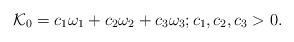
LaTeX: \begin{align*} \mathcal K_0={c_1\omega_1+c_2\omega_2+c_3\omega_3;c_1,c_2,c_3>0}. \end{align*}